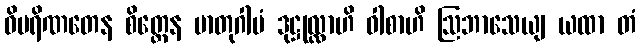
ဝိပရိဏတေန စိတ္တေန မာတုဂါမံ ဒုဋ္ဌုလ္လာဟိ ဝါစာဟိ ဩဘာသေယျ ယထာ တံ